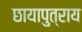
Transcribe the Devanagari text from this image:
छायापुत्राय